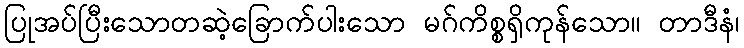
ပြုအပ်ပြီးသောတဆဲ့ခြောက်ပါးသော မဂ်ကိစ္စရှိကုန်သော။ တာဒီနံ၊